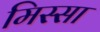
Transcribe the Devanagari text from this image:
मिस्सा